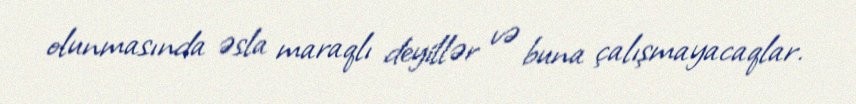
olunmasında əsla maraqlı deyillər və buna çalışmayacaqlar.